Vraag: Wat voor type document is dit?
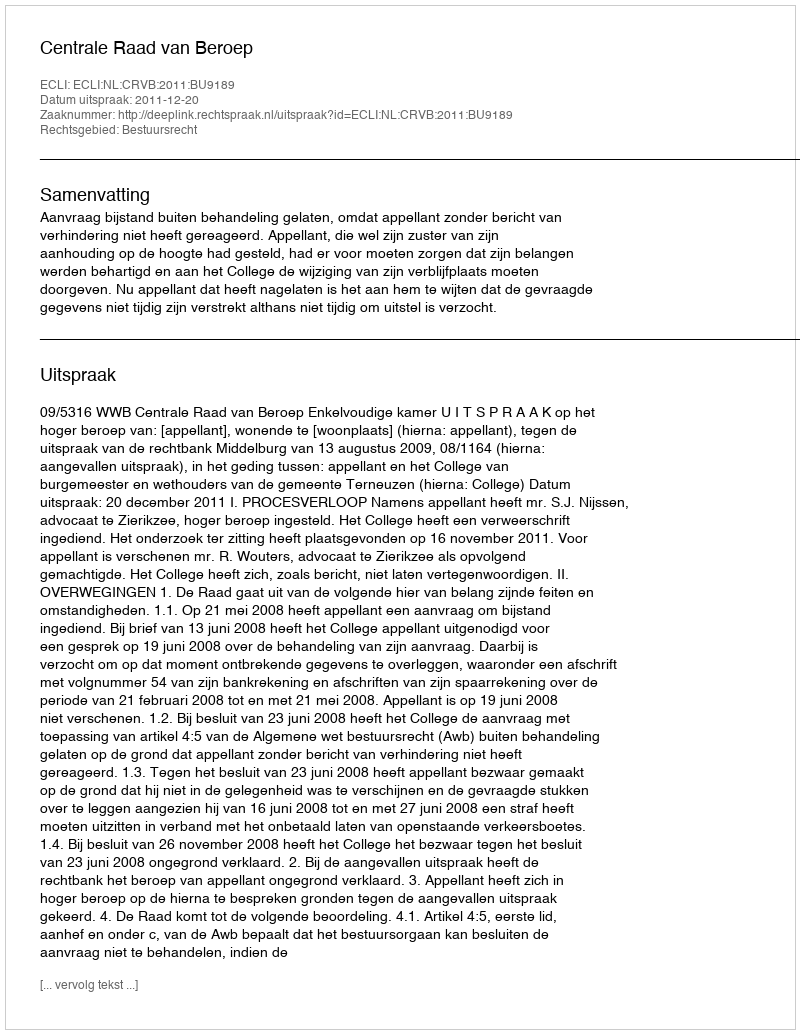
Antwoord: Uitspraak